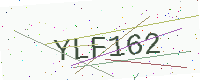
Text: YLF162